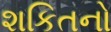
શકિતનો